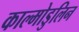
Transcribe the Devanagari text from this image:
काल्मोडुलिन